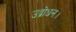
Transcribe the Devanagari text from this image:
उद्बोधन।